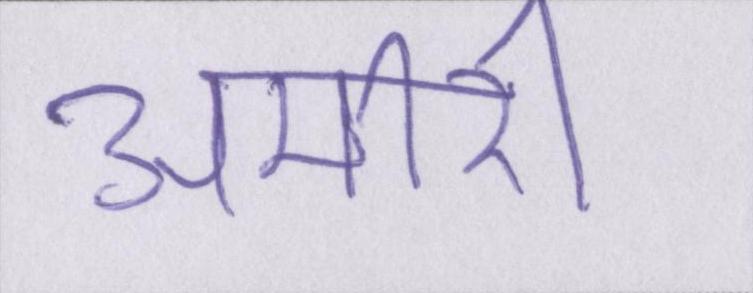
अमीरी